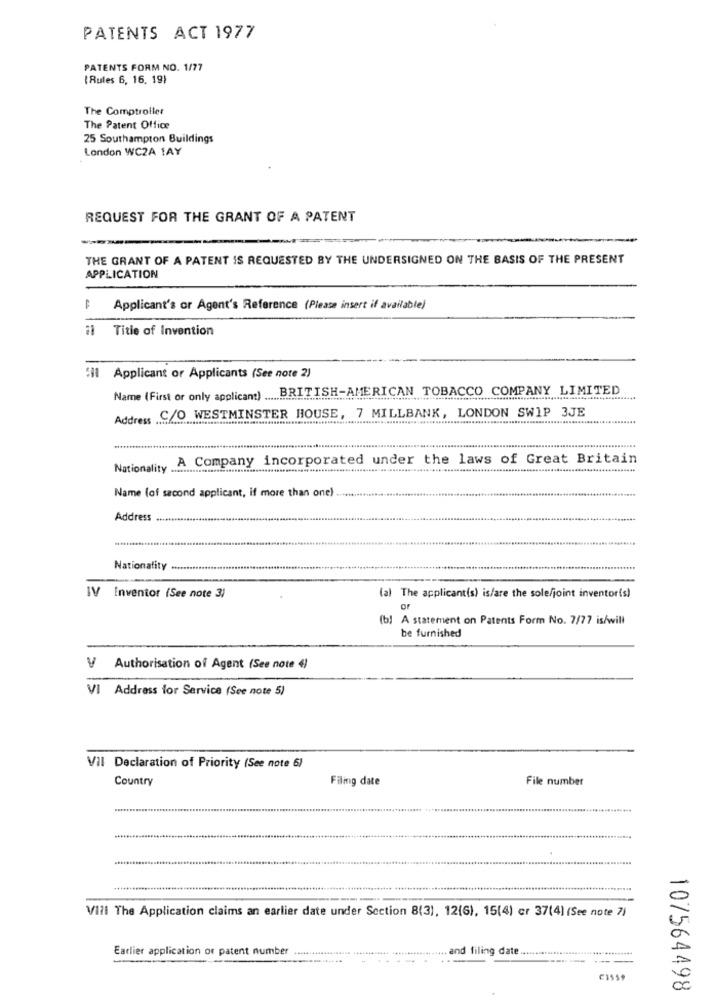
PATENTS ACT 1977
PATENTS FORM NO. 1/77
( Rules 6, 16, 19)
The Comptroller
The Patent Office
25 Southampton Buildings
London WC2A 1AY
REQUEST FOR THE GRANT OF A PATENT
THE GRANT OF A PATENT IS REQUESTED BY THE UNDERSIGNED ON THE BASIS OF THE PRESENT
APPLICATION
Applicant's or Agent's Reference (Please insert if available)
21 Title of Invention
il Applicant or Applicants (See note 2)
Name (First or only applicant) ..... BRITISH-AMERICAN TOBACCO COMPANY LIMITED
Address C/O WESTMINSTER HOUSE, 7 MILLBANK, LONDON SWIP 3JE
A Company incorporated under the laws of Great Britain
Nationality
Name (of second applicant, if more than one)
Address ...................................................
Nationality .............
IV
Inventor (See note 3)
(a) The applicant(s) is/are the sole/joint inventor(s)
(b) A statement on Patents Form No. 7/77 is/will
be furnished
V Authorisation of Agent (See note 4)
VI Address for Service (See note 5)
VII Declaration of Priority (See note 6)
Country
Filing date
File number
Vili The Application claims an earlier date under Section 8(3), 12(6), 15(4) cr 37(4) (See note 7)
Earlier application or patent number
w .. and filing date
---- --
CISso
107564498